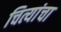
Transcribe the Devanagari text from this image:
चित्यांचा